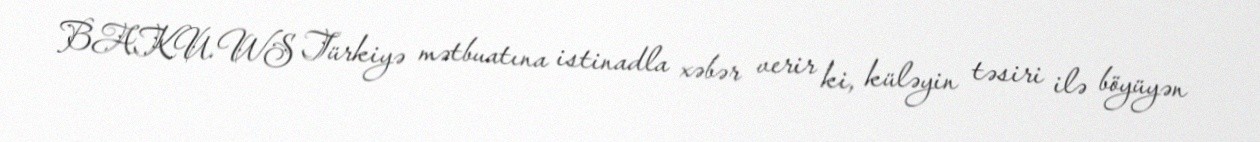
BAKU.WS Türkiyə mətbuatına istinadla xəbər verir ki, küləyin təsiri ilə böyüyən